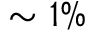
\sim 1 \%